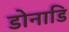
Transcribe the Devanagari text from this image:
डोनाडि